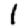
Digit: 1